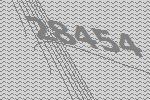
28454